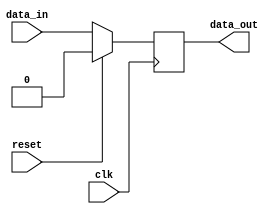
module sequential_logic_block (
  input wire clk,
  input wire reset,
  input wire data_in,
  output reg data_out
);

always @ (posedge clk) begin
  if (reset) begin
    data_out <= 1'b0; // reset value
  end else begin
    data_out <= data_in;
  end
end

endmodule